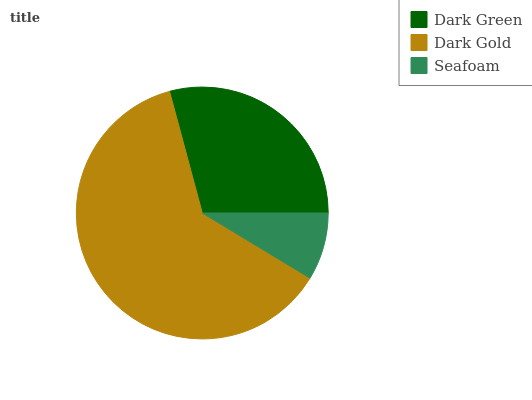
| Dark Green | Dark Gold | Seafoam |
 | --- | --- | --- |
 | 29.1% | 62.2% | 8.64% |